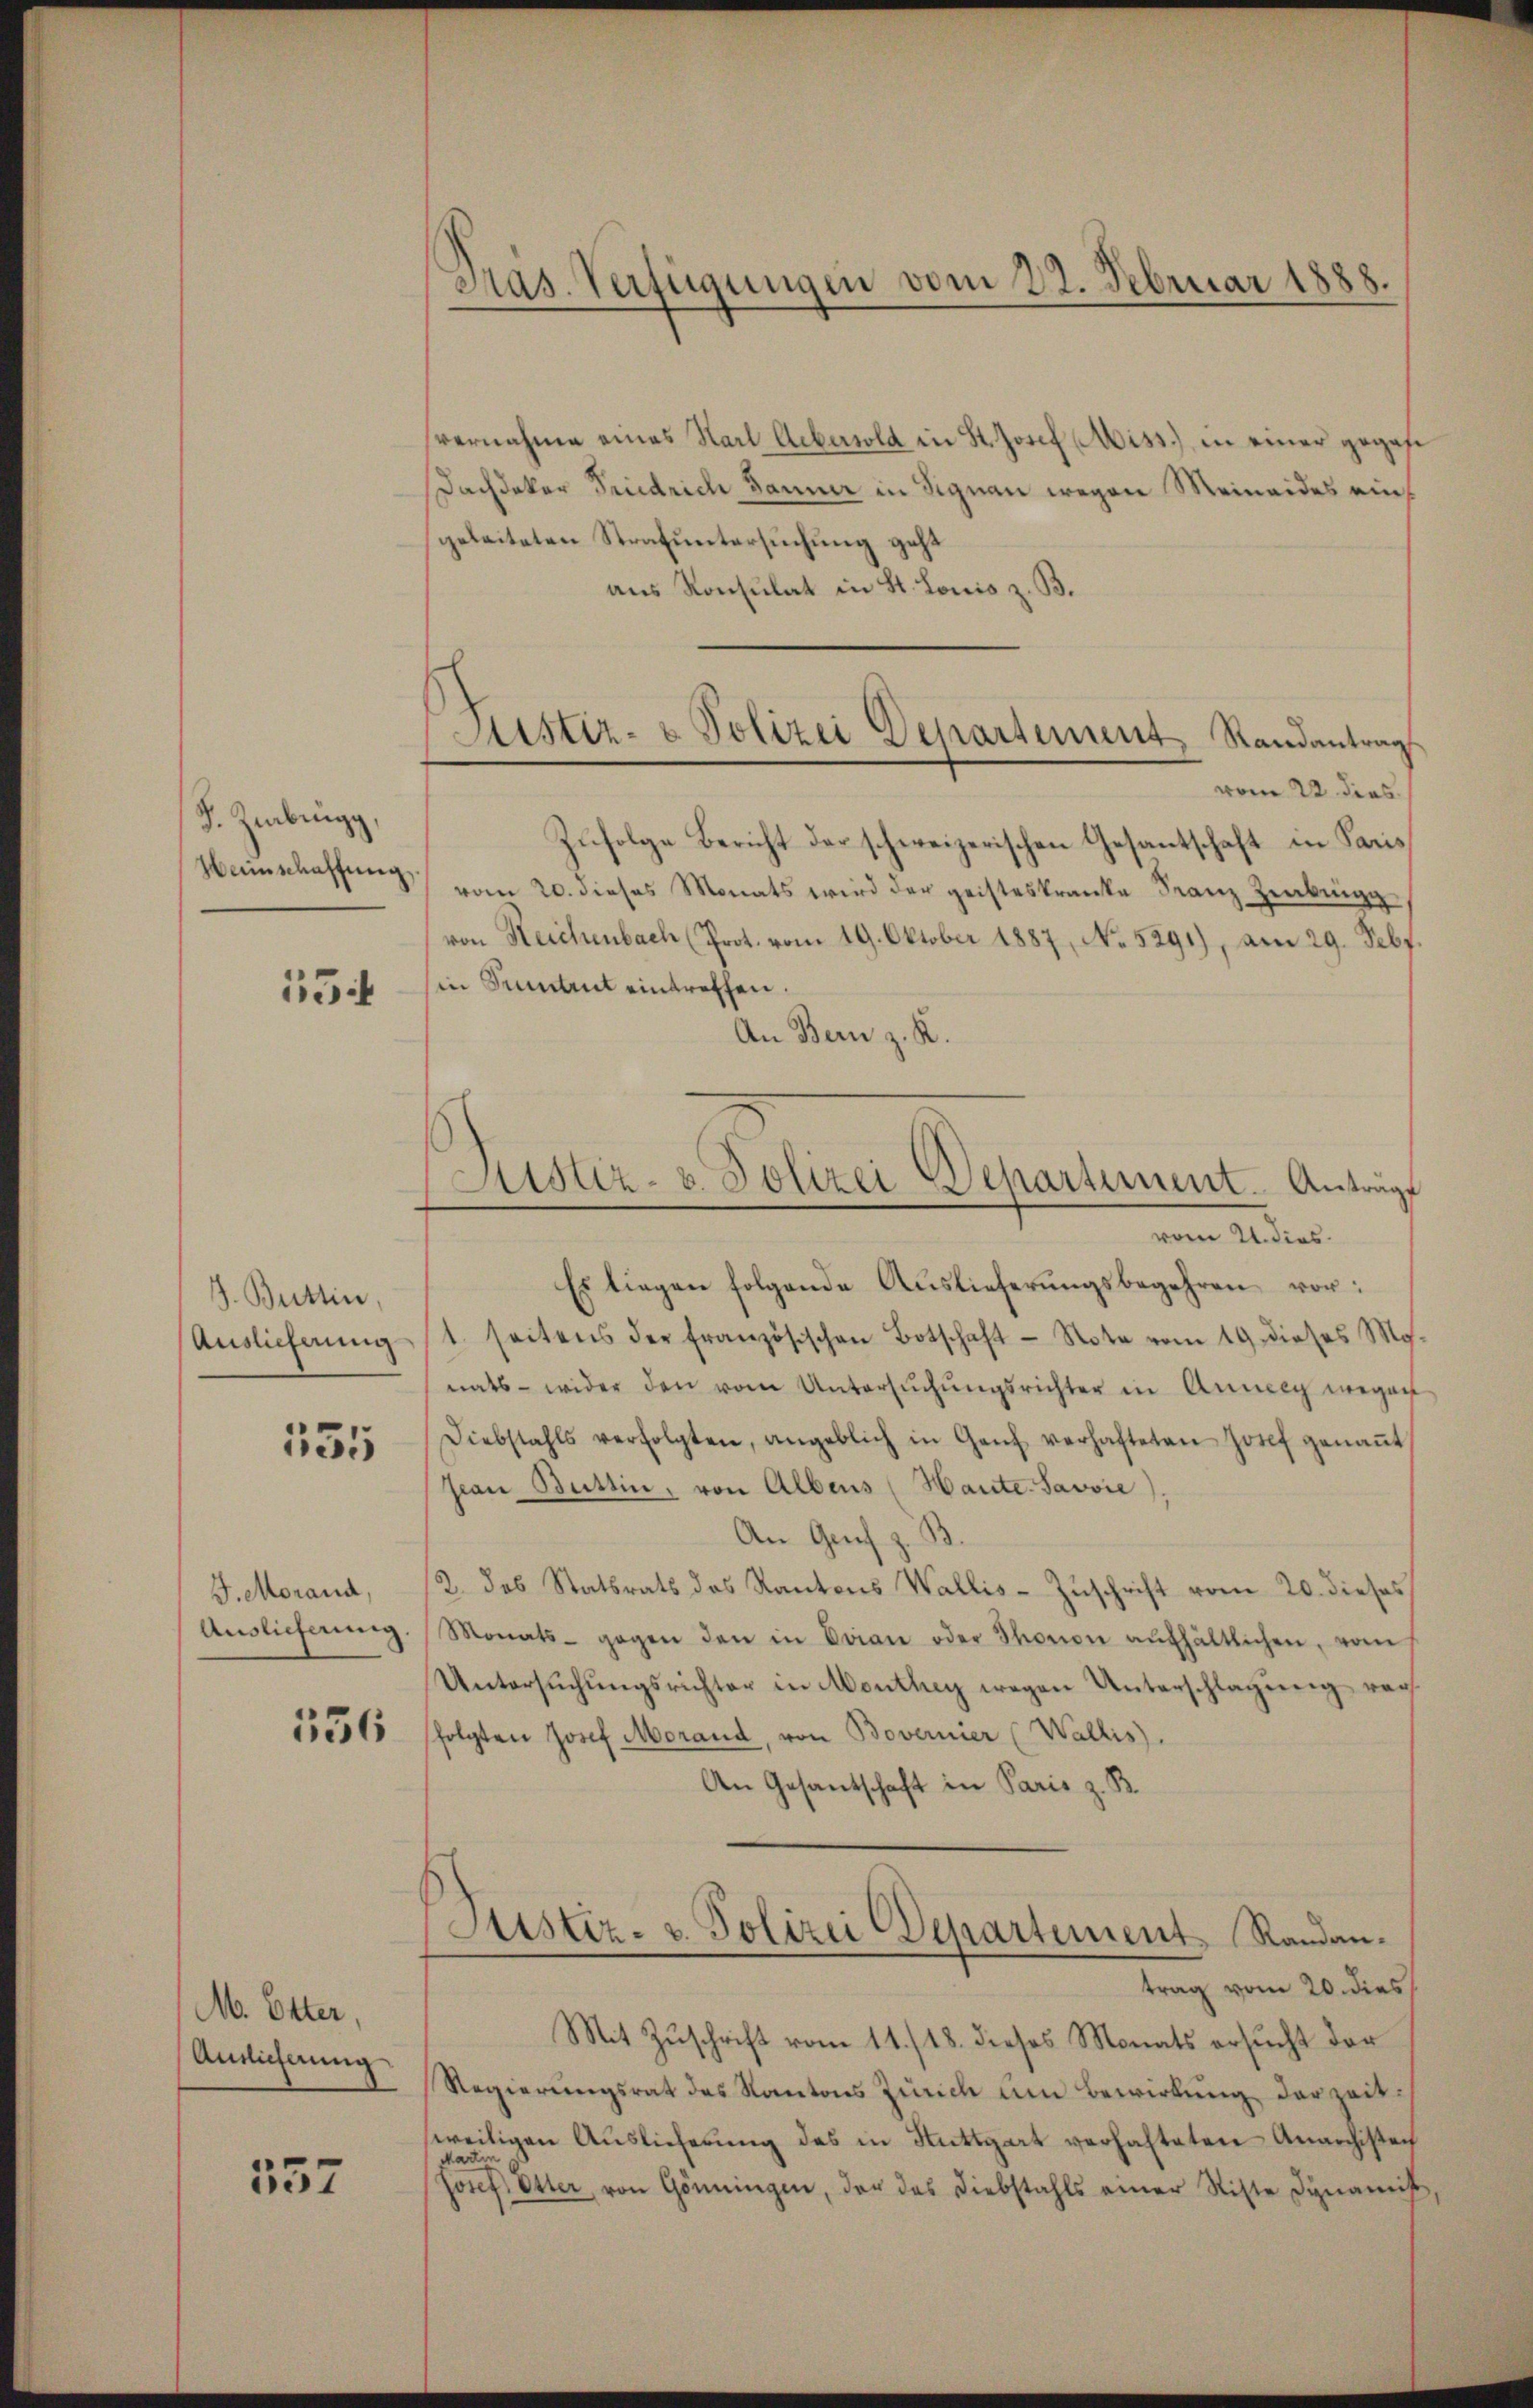
F. Zibigg,
Heimschaffung

154

J. Büttin,
Auslieferung

557

135

J. Morand,
Auslieferung

556

M. Otter.
Ansicherung

Pas. Verfügungen vom 22. Februar 1888.

Justiz- & Polizei Departement Randantrag

vernahme eines Karl Aebersold in St. Josef Miss.) in einer gegese
Dachdeker Friedrich danner in Signau wegen Meineides eingeleiteten Strafuntersuchung geht
aus Konsulat in St. Louis z. B.
vom 22. dies
Zufolge Bericht der schweizerischen Gesantschaft in Paris
vom 20. dieses Monats wird der geisteskranke Franz Zibung
von Reichenbach (Prot. vom 19. Oktober 1887, No. 5291), am 29. Febr.
in Sumtrt eintreffen.
An Bern z. K.
Es liegen folgende Auslieferŭngsbegehren vor:
1. seitens der französischen Botschaft - Note vom 19. dieses Mg.
nats - wider den vom Untersŭchŭngsrichter in Anneey wegen
Diebstahls verfolgten, angeblich in Ganz verhafteten Josef genaṅt
Jean Buttin, von Albers (Haute-Savvie)
An Genf z. B.
2. des Statsrats des Kantons Wallis-Zuschrift vom 20. dieses
Monats- gegen den in Dran oder Thonon aŭfhältlichen, vom
Untersŭchŭngsrichter in Monthey wegen Unterschlagung vorfolgten Josef Morand, von Bovernier (Wallis).
An Gesantschaft in Paris z. B.
Justiz- u. Polizei Departement Randantrag vom 20. dies
Mit Zŭschrift vom 11./18. dieses Monats ersŭcht der
Regierŭngsrat des Kantons Zürich um Bewirkung der zeitweiligen Auslieferung des in Stuttgart verhalteten Anarchisten
Martin
Josef Otter von Gönningen, der das Diebstahls einer Sitte Dynamis,

Justiz- u. Polizei Departement. Antrage
vom 21. dies